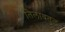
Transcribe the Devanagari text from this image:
तिलावतुल